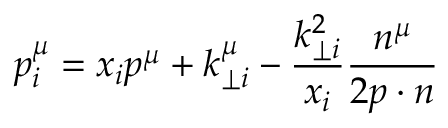
p _ { i } ^ { \mu } = x _ { i } p ^ { \mu } + k _ { \perp i } ^ { \mu } - \frac { k _ { \perp i } ^ { 2 } } { x _ { i } } \frac { n ^ { \mu } } { 2 p \cdot n } \,